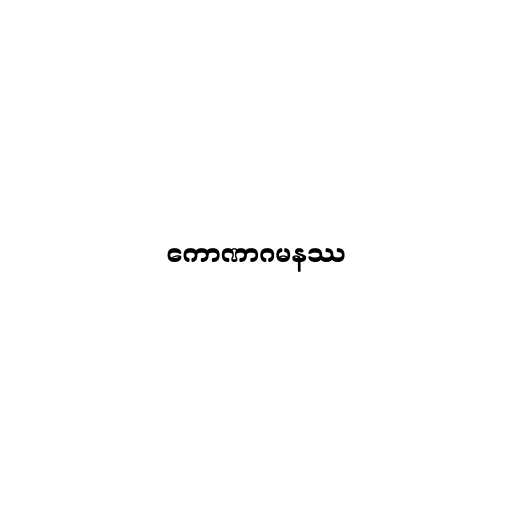
ကောဏာဂမနဿ